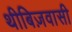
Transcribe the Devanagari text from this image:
थीबिज़वासी